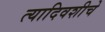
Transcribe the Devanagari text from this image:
त्यादिवशीचे